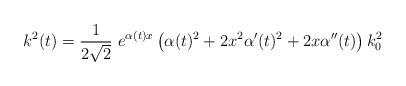
LaTeX: \begin{align*}k^2(t)=\frac{1}{2\sqrt{2}}\ e^{\alpha (t)x}\left(\alpha (t)^2+2x^2\alpha '(t)^2+2x\alpha ''(t)\right)k^2_0\end{align*}